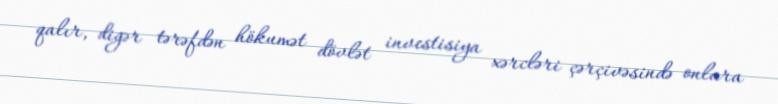
qalır, digər tərəfdən hökumət dövlət investisiya xərcləri çərçivəsində onlara